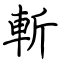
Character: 斬